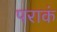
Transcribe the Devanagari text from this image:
पराकं